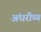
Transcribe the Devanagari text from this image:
अंधरीच्य